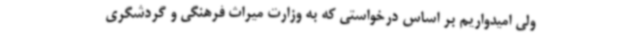
ولی امیدواریم بر اساس درخواستی که به وزارت میراث فرهنگی و گردشگری